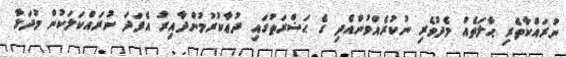
ނުރައްކާތެރި ޙާލަތެއް މެދުވެރި ނުކުރެއްވުންއެދި ގެ ޙަޟްރަތުގައި ދުޢާކުރުމުންދާއިރު އެފަދަ ނުރައްކަލަކުން މުދަލާ